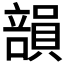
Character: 𥪾